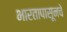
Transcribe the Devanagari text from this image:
भारतापासूनचे